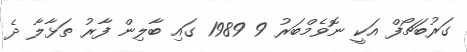
ގަރުބަޗޯފް އަކީ ނޮވެމްބަރު 9 1989 ގައި ބާލިން ފާރު ތަޅާލާ ދެ